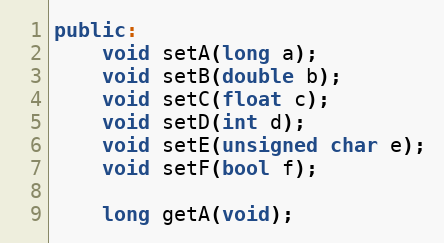
Language: C++
public:
    void setA(long a);
    void setB(double b);
    void setC(float c);
    void setD(int d);
    void setE(unsigned char e);
    void setF(bool f);

    long getA(void);